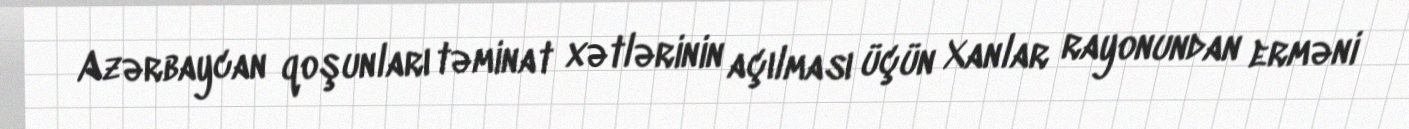
Azərbaycan qoşunları təminat xətlərinin açılması üçün Xanlar rayonundan erməni